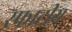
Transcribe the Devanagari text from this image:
स्फाटीय